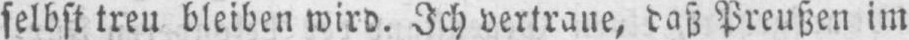
selbst treu bleiben wird. Ich vertraue, daß Preußen im